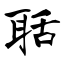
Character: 聒